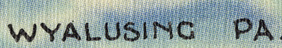
WYALUSING PA.